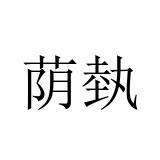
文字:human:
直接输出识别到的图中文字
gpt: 荫埶